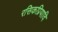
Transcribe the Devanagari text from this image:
रसिकप्रियादि